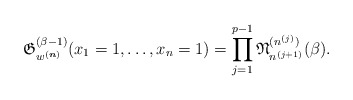
\begin{gather*} \mathfrak{G}_{w^{({\boldsymbol{n}})}}^{(\beta-1)}(x_1=1,\ldots,x_n=1)= \prod_{j=1}^{p-1} \mathfrak{N}_{n^{(j+1)}}^{(n^{(j)})} (\beta). \end{gather*}